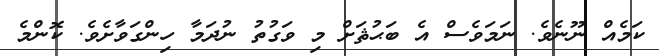
ކަމެއް ނޫނެވެ. ނަމަވެސް އެ ބަޙުޘަށް މި ވަގުތު ނުދަމާ ހިންގަވާށެވެ. ކޮންމެ